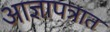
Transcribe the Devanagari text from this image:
आज्ञापत्रात